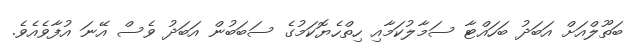
ބަތޫލްއަށް އަބަދު ބަހައްޓާ ސަމާލުކަމާއި ހިތްހެޔޮކަމުގެ ސަބަބުން އަބަދު ވެސް އޭނަ އުފާވެއެވެ.